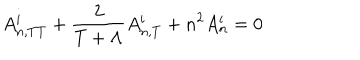
A _ { n , T T } ^ { i } + \frac { 2 } { T + \Lambda } A _ { n , T } ^ { i } + n ^ { 2 } A _ { n } ^ { i } = 0